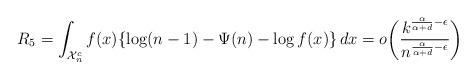
LaTeX: \begin{align*}R_5 = \int_{\mathcal{X}_n^c} f(x) \{ \log(n-1) - \Psi(n) - \log f(x) \} \,dx = o\biggl(\frac{k^{\frac{\alpha}{\alpha+d} - \epsilon}}{n^{\frac{\alpha}{\alpha+d} - \epsilon}} \biggr)\end{align*}